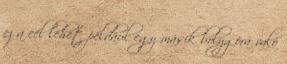
ez a cél lehet például egy másik bolygóra való